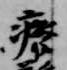
廃